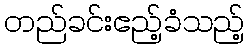
တည်ခင်းဧည့်ခံသည့်